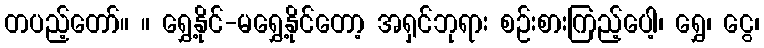
တပည့်တော်။ ။ ရွှေ့နိုင်-မရွှေ့နိုင်တော့ အရှင်ဘုရား စဉ်းစားကြည့်ပေါ့၊ ရွှေ၊ ငွေ၊